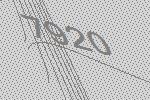
7920